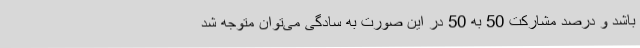
باشد و درصد مشارکت 50 به 50 در این صورت به سادگی می‌توان متوجه شد